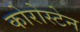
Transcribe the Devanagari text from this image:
कोरोस्टेन